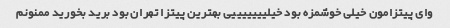
وای پیتزامون خیلی خوشمزه بود خیلیییییییی بهترین پیتزا تهران بود برید بخورید ممنونم